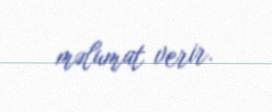
məlumat verir.